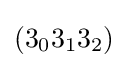
(3_{0}3_{1}3_{2})